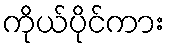
ကိုယ်ပိုင်ကား